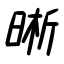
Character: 晰